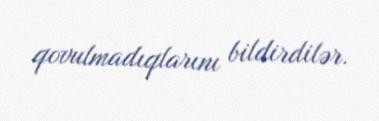
qovulmadıqlarını bildirdilər.